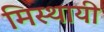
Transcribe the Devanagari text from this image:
मिस्थायी